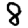
Digit: 8